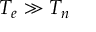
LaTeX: T _ { e } \gg T _ { n }